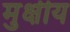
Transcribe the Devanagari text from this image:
मुक्षीय